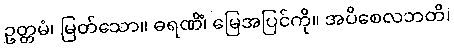
ဥတ္တမံ၊ မြတ်သော။ ဓရဏိံ၊ မြေအပြင်ကို။ အပိစေလဘတိ၊